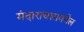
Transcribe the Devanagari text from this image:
मंदाराचलावरील